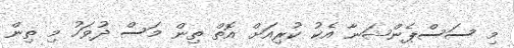
މި ސަސްޕެންޝަނާ އެކު ކުރިއަށް އޮތް ތިން މަސް ދުވަހު މި ތިން